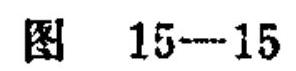
图 15—15